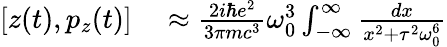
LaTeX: \begin{array}{rl}{\left[z(t),p_{z}(t)\right]}&{{}\approx{\frac{2i\hbar e^{2}}{3\pi mc^{3}}}\omega_{0}^{3}\int_{-\infty}^{\infty}{\frac{dx}{x^{2}+\tau^{2}\omega_{0}^{6}}}}\end{array}